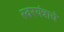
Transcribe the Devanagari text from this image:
स्वरयंत्राचे